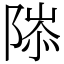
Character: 䧙